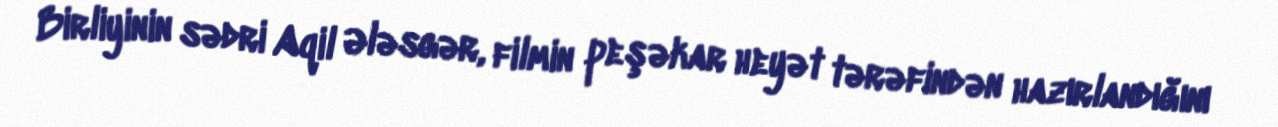
Birliyinin sədri Aqil Ələsgər, filmin peşəkar heyət tərəfindən hazırlandığını